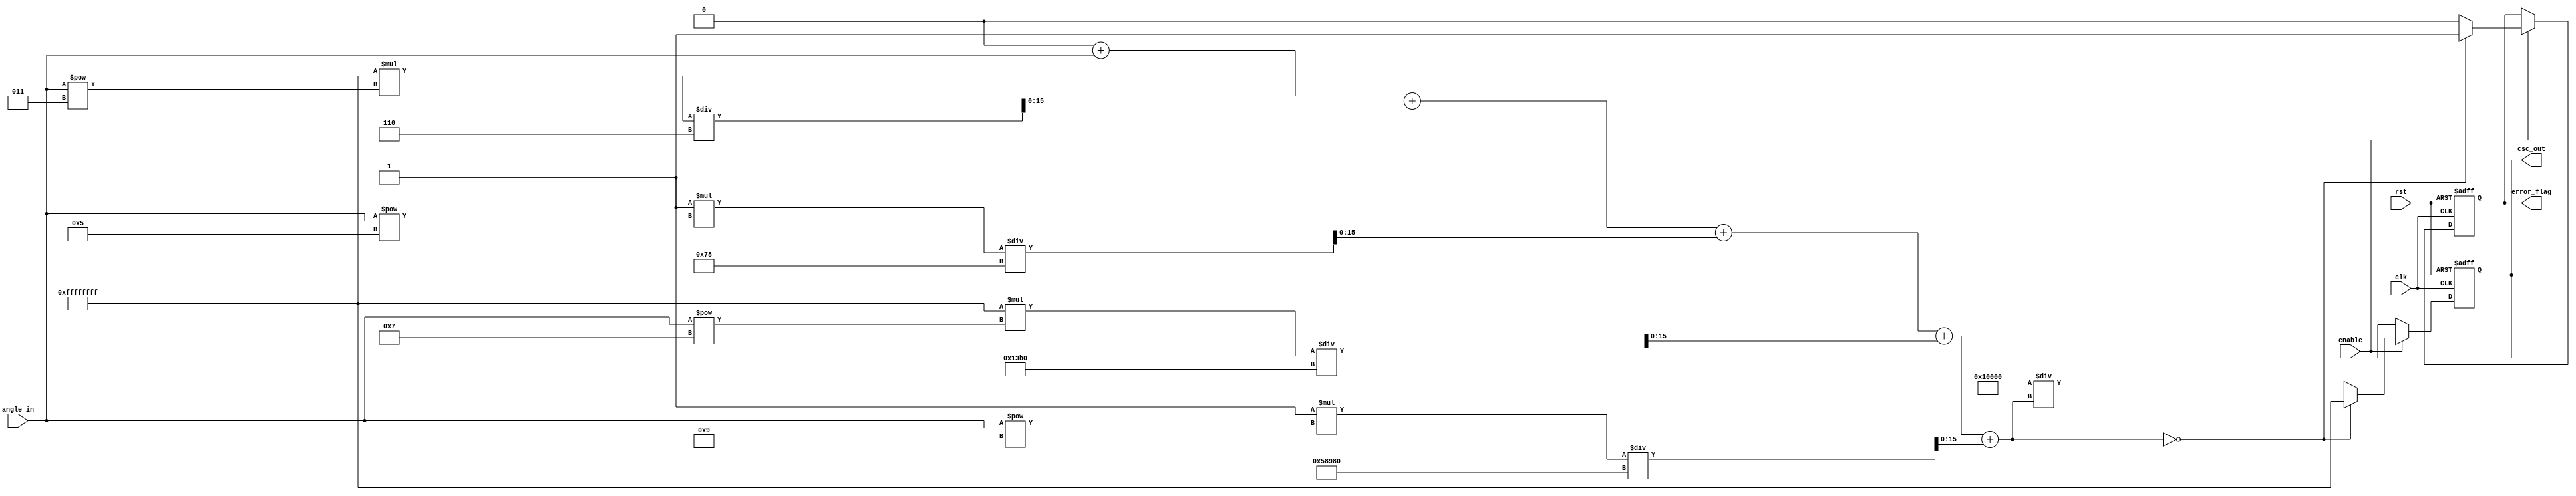
module csc(
    input wire clk,
    input wire rst,
    input wire enable,
    input wire [15:0] angle_in,  // Fixed-point representation of angle in radians
    output reg [31:0] csc_out,    // csc output
    output reg error_flag          // Error flag for division by zero
);

    // Constants for sine calculation
    parameter PI = 16'h3243;  // Approximation of  (3.14159) in fixed-point
    parameter ONE = 16'h0001;  // Represents 1 in fixed-point

    // Internal signals
    reg [15:0] sine_val;
    reg [15:0] approx_sine;

    // Sine calculation using Taylor series approximation
    function [15:0] sin_taylor(input [15:0] x);
        integer i;
        reg [31:0] term;
        reg [31:0] sum;
        
        begin
            sum = 0;
            term = x;  // First term is x^1 / 1!
            sum = sum + term;  // Add first term

            // Calculate sine using first few terms of Taylor series
            for (i = 1; i < 5; i = i + 1) begin
                term = (-1)**(i) * (x**(2*i + 1)) / factorial(2*i + 1);
                sum = sum + term;
            end
            
            // Output as fixed 16-bit
            sin_taylor = sum[15:0];
        end
    endfunction

    // Factorial function for Taylor series
    function [31:0] factorial(input integer n);
        integer j;
        reg [31:0] result;
        begin
            result = 1;
            for (j = 1; j <= n; j = j + 1) begin
                result = result * j;
            end
            factorial = result;
        end
    endfunction

    // Compute cosecant
    always @(posedge clk or posedge rst) begin
        if (rst) begin
            csc_out <= 32'h0;
            error_flag <= 1'b0;
        end else if (enable) begin
            // Calculate sine value
            approx_sine = sin_taylor(angle_in);
            
            // Check for sine approaching zero
            if (approx_sine == 0) begin
                csc_out <= 32'hFFFFFFFF; // Represent infinity or NaN
                error_flag <= 1'b1; // Set error flag
            end else begin
                error_flag <= 1'b0; // Clear error flag
                // Calculate cosecant as 1 / sine value
                csc_out <= (ONE << 16) / approx_sine; // Scale to normalize output
            end
        end
    end

endmodule